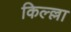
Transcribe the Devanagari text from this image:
किल्ल्ला